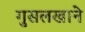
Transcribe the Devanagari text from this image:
गुसलखाने